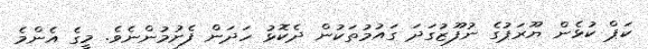
ކަޕް ކުޅެން ޔޫރަޕުގެ ނުފޫޒުގަދަ ގައުމުތަކުން ދެކޮޅު ހަދަން ފެށުމުންނެވެ. މީގެ އެންމެ